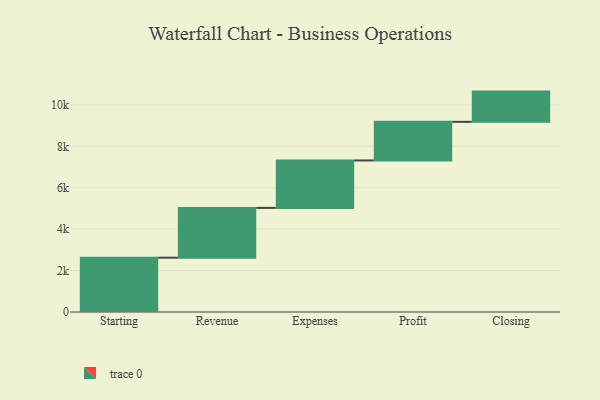
{"axis": {"x": "Step", "y": "Value"}, "legend": [""], "data": [{"x": "Starting", "y": 2622.0, "type": ""}, {"x": "Revenue", "y": 2404.0, "type": ""}, {"x": "Expenses", "y": 2291.0, "type": ""}, {"x": "Profit", "y": 1865.0, "type": ""}, {"x": "Closing", "y": 1459.0, "type": ""}]}